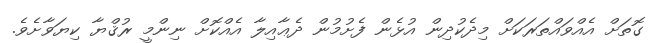
ގޮތަށް އެއްވައްތަރަކަށް މިދެކުދިން އުޅެން ފެށުމުން ދެޢާއިލާ އެއްކޮށް ނިންމީ ރުޤްޔާ ކިޔަވާށެވެ.